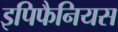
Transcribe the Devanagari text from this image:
इपिफैनियस